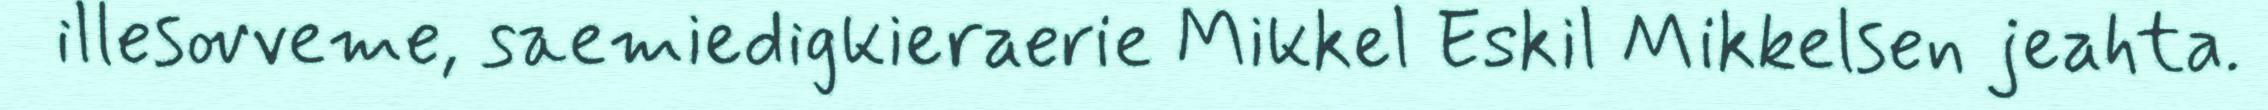
illesovveme, saemiedigkieraerie Mikkel Eskil Mikkelsen jeahta.